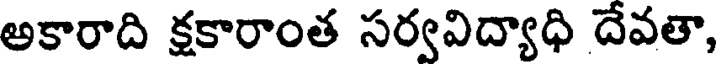
అకారాది క్షకారాంత సర్వవిద్యాధి దేవతా,